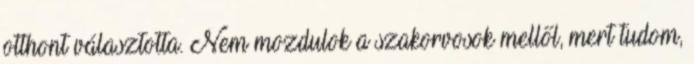
otthont választotta. Nem mozdulok a szakorvosok mellől, mert tudom,